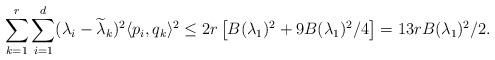
LaTeX: \begin{align*}\sum_{k=1}^{r}\sum_{i=1}^d (\lambda_i - \widetilde \lambda_k)^2 \langle p_i, q_k\rangle^2 \leq 2 r \left[ B(\lambda_1)^2+ 9B( \lambda_1)^2/4 \right] = 13 r B( \lambda_1)^2/2.\end{align*}